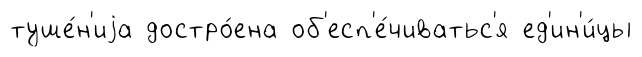
туше́н'иjа достро́ена об'есп'е́чиватьс'я ед'ин'и́цы